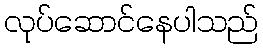
လုပ်ဆောင်နေပါသည်